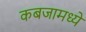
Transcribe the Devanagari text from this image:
कबजामध्ये